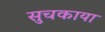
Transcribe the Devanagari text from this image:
सुचकाया